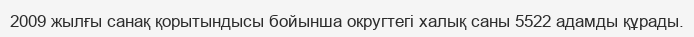
2009 жылғы санақ қорытындысы бойынша округтегі халық саны 5522 адамды құрады.